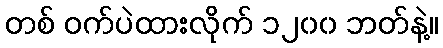
တစ် ဝက်ပဲထားလိုက် ၁၂၀၀ ဘတ်နဲ့။